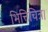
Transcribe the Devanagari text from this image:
भित्तिचित्र।